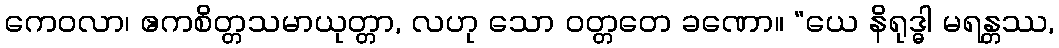
ကေဝလာ၊ ဧကစိတ္တသမာယုတ္တာ, လဟု သော ဝတ္တတေ ခဏော။ “ယေ နိရုဒ္ဓါ မရန္တဿ,